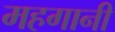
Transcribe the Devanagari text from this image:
महगानी